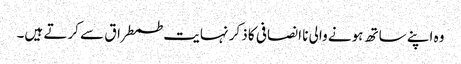
وہ اپنے ساتھ ہونے والی نا انصافی کا ذکر نہایت طمطراق سے کرتے ہیں۔